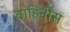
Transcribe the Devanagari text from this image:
वाहिनीस